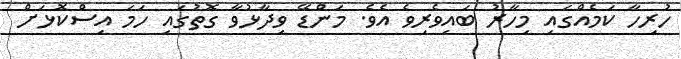
ހުރިހާ ކަމެއްގައި މިހާރު ބައިވެރިވެ އެވެ. މަންޑޭ ވިދާޅުވާ ގޮތުގައި ހަމަ އިސްކޮޅަށް